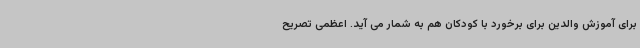
برای آموزش والدین برای برخورد با کودکان هم به شمار می آید. اعظمی تصریح